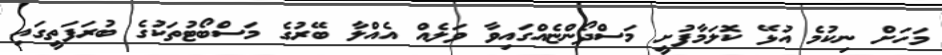
މަހަށް ނިކުމެ އުޅޭ ކޮލަމާފުށީ މަސްދޯންޏެއްގައިވާ ވަލެއް އެއްލާ ބޭރުގެ މަސްބޯޓުތަކުގެ ބުރަފަތީގައި